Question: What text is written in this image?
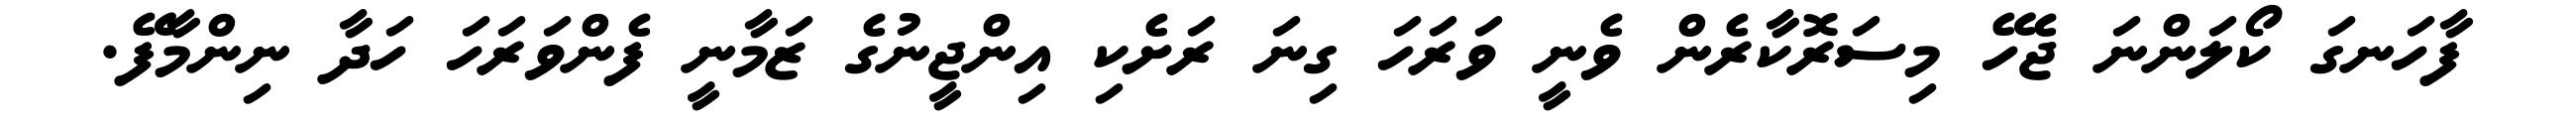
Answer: ފާހަނގަ ކޯލަންނަ ޖެހޭ މިސަރޮކާރެން ވެނީ ވަރަހަ ގިނަ ރަށެކި އިންޖީނުގެ ޒަމާނީ ފެންވަރަހަ ހަދާ ނިންމާފޭ.